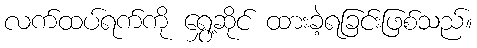
လက်ထပ်ရက်ကို ရွှေ့ဆိုင် ထားခဲ့ရခြင်းဖြစ်သည်။